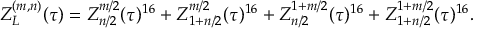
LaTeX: Z _ { L } ^ { ( m , n ) } ( \tau ) = Z _ { n / 2 } ^ { m / 2 } ( \tau ) ^ { 1 6 } + Z _ { 1 + n / 2 } ^ { m / 2 } ( \tau ) ^ { 1 6 } + Z _ { n / 2 } ^ { 1 + m / 2 } ( \tau ) ^ { 1 6 } + Z _ { 1 + n / 2 } ^ { 1 + m / 2 } ( \tau ) ^ { 1 6 } .